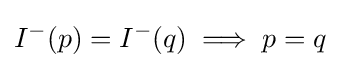
I^{-}(p)=I^{-}(q)\implies p=q